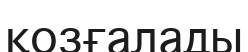
қозғалады